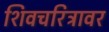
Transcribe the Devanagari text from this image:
शिवचरित्रावर